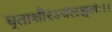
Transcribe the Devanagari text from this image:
घृताशीरऽचलश्चलः।।